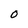
Character: O